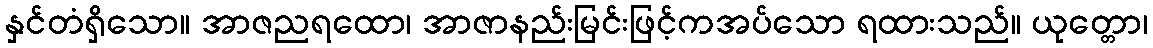
နှင်တံရှိသော။ အာဇညရထော၊ အာဇာနည်းမြင်းဖြင့်ကအပ်သော ရထားသည်။ ယုတ္တော၊